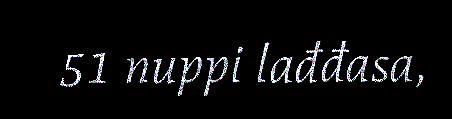
51 nuppi lađđasa,